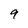
Character: 9